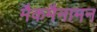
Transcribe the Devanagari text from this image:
मैकमैनामन